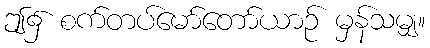
ဤ၌ စက်တပ်မော်တော်ယာဉ် မှန်သမျှ။